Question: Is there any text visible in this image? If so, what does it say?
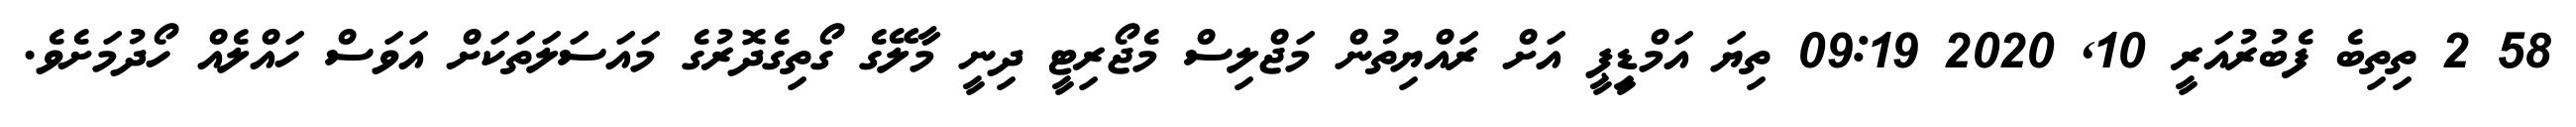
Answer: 58 2 ތިތިބެ ފެބުރުއަރީ 10, 2020 09:19 ތިޔަ އަމްޑިީޕީ އަށް ރައްޔިތުން މަޖްލިސް މެޖޯރިޓީ ދިނީ މާލޭގެ ގޯތިގެދޮރުގެ މައަސަލަތަކަށް އަވަސް ހައްލެއް ހޯދުމަށެވެ.